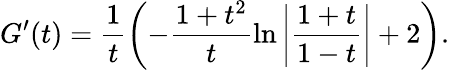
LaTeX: G^{\prime}(t)=\frac{1}{t}\left(-\frac{1+t^{2}}{t}\ln\left|\frac{1+t}{1-t}\right|+2\right).